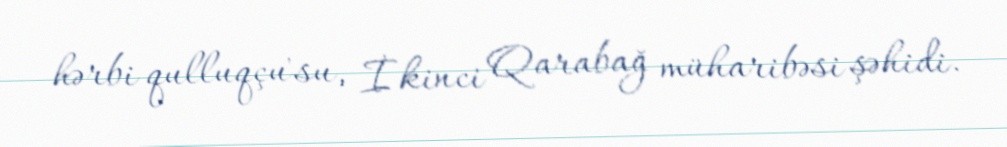
hərbi qulluqçu'su, İkinci Qarabağ müharibəsi şəhidi.